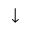
\downarrow